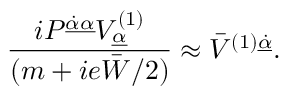
{ \displaystyle \frac { i { \cal P } ^ { \underline { { { \dot { \alpha } \alpha } } } } V _ { \underline { { \alpha } } } ^ { ( 1 ) } } { ( m + i e \bar { W } / 2 ) } \approx \bar { V } ^ { ( 1 ) \underline { { { \dot { \alpha } } } } } . }